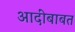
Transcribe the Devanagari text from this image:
आदींबाबत